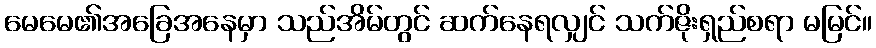
မေမေ၏အခြေအနေမှာ သည်အိမ်တွင် ဆက်နေရလျှင် သက်ဇိုးရှည်စရာ မမြင်။